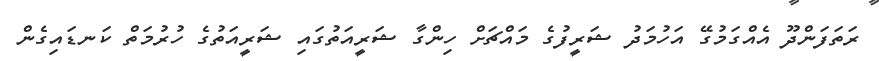
ރަތަފަންދޫ އެއްގަމުގޭ އަހުމަދު ޝަރީފުގެ މައްޗަށް ހިންގާ ޝަރީއަތުގައި ޝަރީއަތުގެ ހުރުމަތް ކަނޑައިގެން